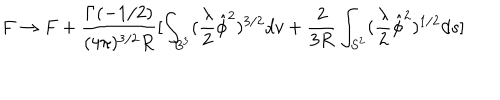
LaTeX: F \rightarrow F + \frac { \Gamma ( - 1 / 2 ) } { ( 4 \pi ) ^ { 3 / 2 } R } [ \int _ { B ^ { 3 } } ( \frac { \lambda } { 2 } \hat { \phi } ^ { 2 } ) ^ { 3 / 2 } d v + \frac { 2 } { 3 R } \int _ { S ^ { 2 } } ( \frac { \lambda } { 2 } \hat { \phi } ^ { 2 } ) ^ { 1 / 2 } d s ]